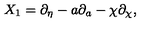
X _ { 1 } = \partial _ { \eta } - a \partial _ { a } - \chi \partial _ { \chi } ,